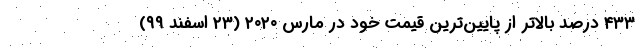
۴۳۳ درصد بالاتر از پایین‌ترین قیمت خود در مارس ۲۰۲۰ (۲۳ اسفند ۹۹)